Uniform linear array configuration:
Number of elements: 4
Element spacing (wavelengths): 0.25
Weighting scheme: hann
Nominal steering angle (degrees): -45
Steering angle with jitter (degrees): -45.992
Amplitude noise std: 0.05
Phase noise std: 0.05

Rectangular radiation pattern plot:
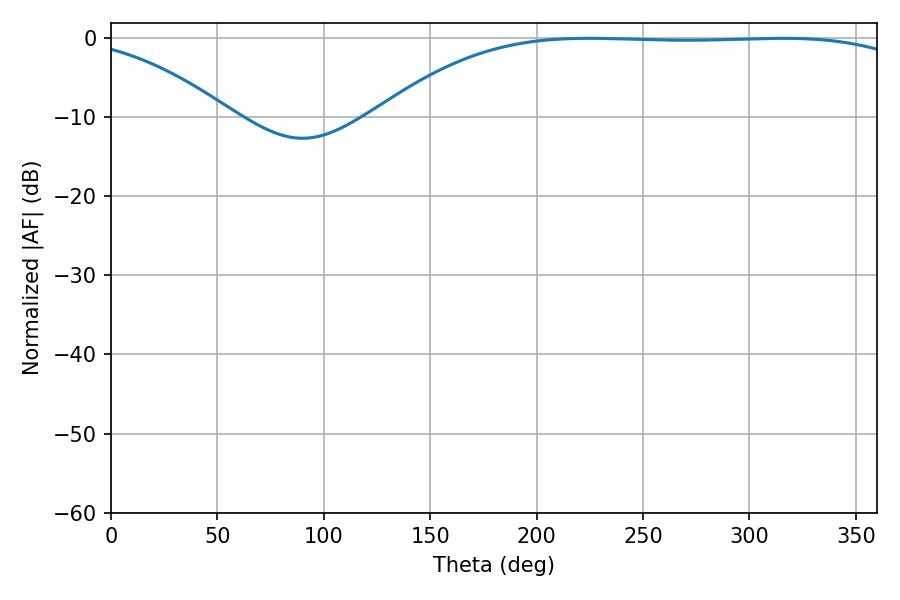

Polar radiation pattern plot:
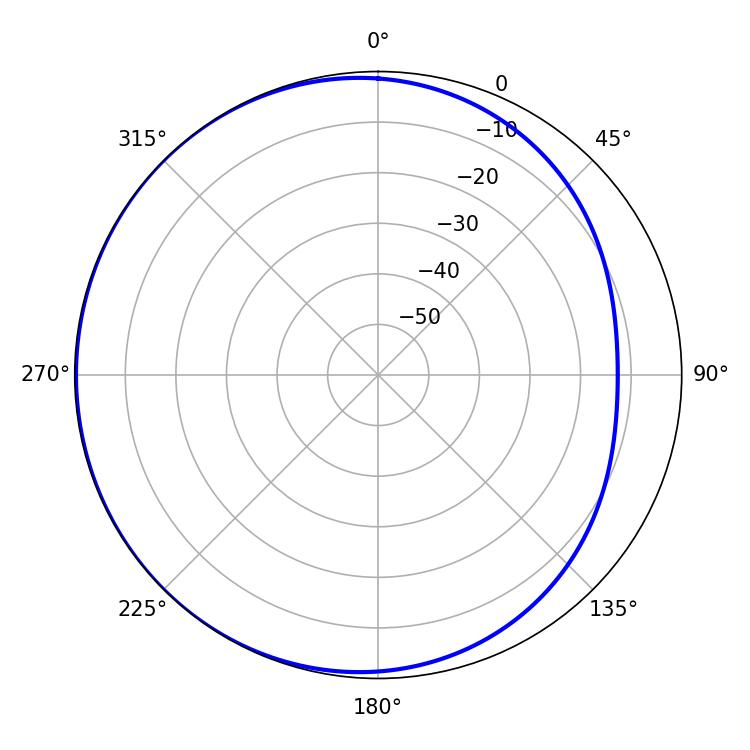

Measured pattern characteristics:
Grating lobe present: FALSE
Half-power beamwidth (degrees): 197.28
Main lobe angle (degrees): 224.46